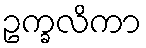
ဥက္ခလိကာ